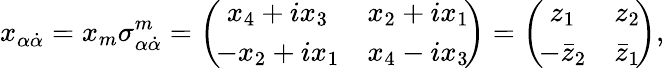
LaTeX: x_{\alpha\dot{\alpha}}=x_{m}\sigma_{\alpha\dot{\alpha}}^{m}=\left(\! \begin{array}{cc}{{x_{4}+ix_{3}}}&{{x_{2}+ix_{1}}}\\ {{-x_{2}+ix_{1}}}&{{x_{4}-ix_{3}}}\end{array}\! \right)=\left(\! \begin{array}{cc}{{z_{1}}}&{{z_{2}}}\\ {{-\bar{z}_{2}}}&{{\bar{z}_{1}}}\end{array}\! \right),